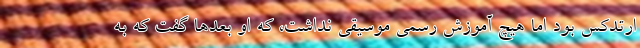
ارتدکس بود اما هیچ آموزش رسمی موسیقی نداشت، که او بعدها گفت که به